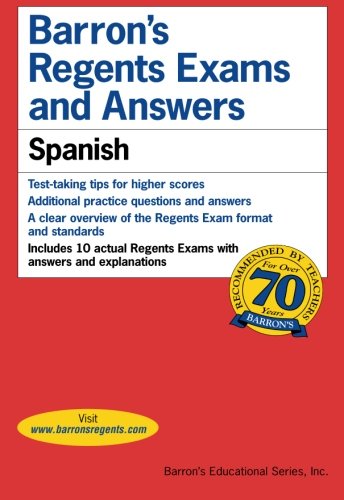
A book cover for Barron's Regents Exams and Answers: Spanish; Christopher Kendris; Test Preparation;